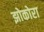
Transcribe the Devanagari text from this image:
झोकोरा